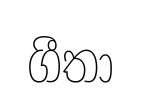
ගීතා